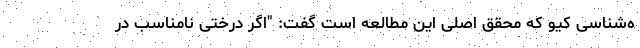
ه‌شناسی کیو که محقق اصلی این مطالعه است گفت: "اگر درختی نامناسب در